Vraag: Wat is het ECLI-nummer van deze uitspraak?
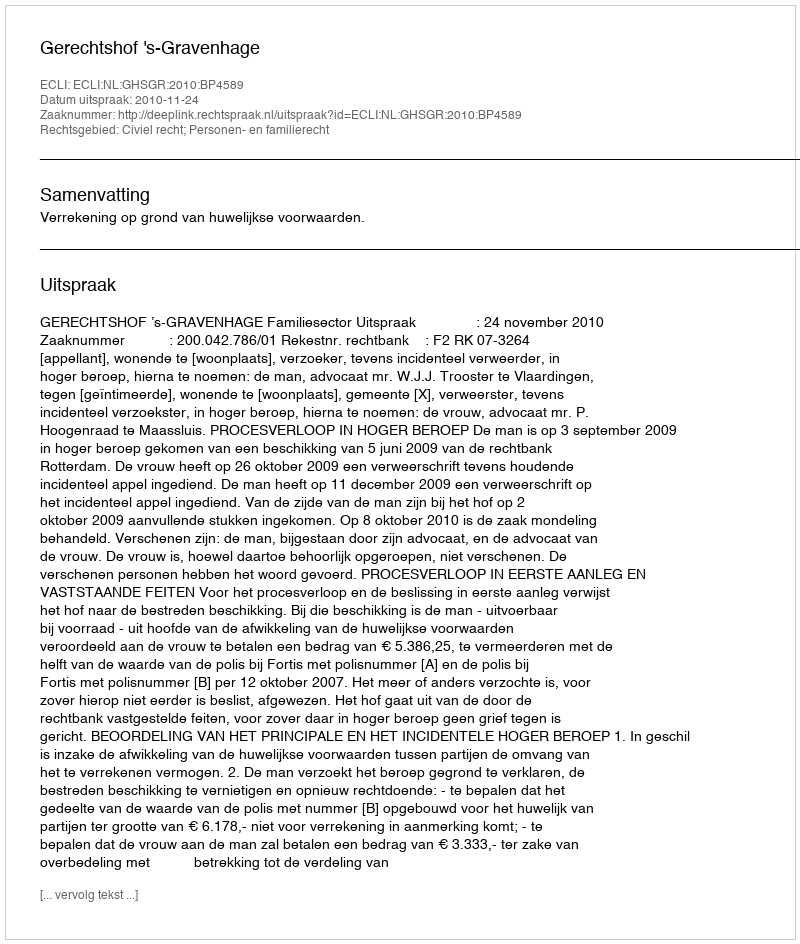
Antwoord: ECLI:NL:GHSGR:2010:BP4589